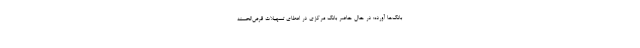
بانک‌ها آورده: در حال حاضر بانک مرکزی در اعطای تسهیلات قرض‌الحسنه